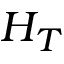
H _ { T }